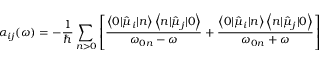
\small \alpha _ { i j } ( \omega ) = - \frac { 1 } { \hbar } \sum _ { n > 0 } \left[ \frac { \left\langle 0 | \hat { \mu } _ { i } | n \right\rangle \left\langle n | \hat { \mu } _ { j } | 0 \right\rangle } { \omega _ { 0 n } - \omega } + \frac { \left\langle 0 | \hat { \mu } _ { i } | n \right\rangle \left\langle n | \hat { \mu } _ { j } | 0 \right\rangle } { \omega _ { 0 n } + \omega } \right]